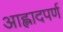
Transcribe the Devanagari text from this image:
आह्लादपर्ण